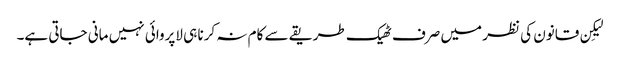
لیکِن قانون کی نظر میں صرف ٹھیک طریقے سے کام نہ کرنا ہی لاپروائی نہیں مانی جاتی ہے۔